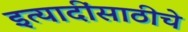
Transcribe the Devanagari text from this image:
इत्यादींसाठीचे